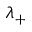
\lambda _ { + }